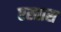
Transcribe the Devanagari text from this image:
एस्तास